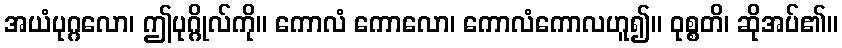
အယံပုဂ္ဂလော၊ ဤပုဂ္ဂိုလ်ကို။ ကောလံ ကောလော၊ ကောလံကောလဟူ၍။ ဝုစ္စတိ၊ ဆိုအပ်၏။